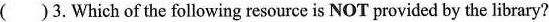
( )3.Which of the following resource is NOT provided by the library?